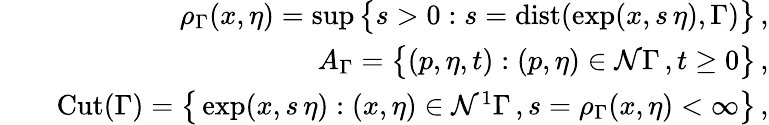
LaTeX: \begin{array}{rlr}&{}&{\rho_{\Gamma}(x,\eta)=\operatorname*{sup}\big\{ s>0:s=\mathrm{dist}(\exp(x,s\, \eta),\Gamma)\big\} \, ,}\\ &{}&{A_{\Gamma}=\big\{ (p,\eta,t):(p,\eta)\in\mathcal{N}\Gamma\, ,t\ge 0\big\} \, ,}\\ &{}&{\mathrm{Cut}(\Gamma)=\big\{ \exp(x,s\, \eta):(x,\eta)\in\mathcal{N}^{1}\Gamma\, ,s=\rho_{\Gamma}(x,\eta)<\infty\big\} \, ,}\end{array}